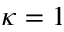
\kappa = 1